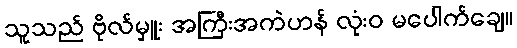
သူသည် ဗိုလ်မှူး အကြီးအကဲဟန် လုံးဝ မပေါက်ချေ။